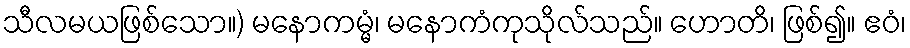
သီလမယဖြစ်သော။) မနောကမ္မံ၊ မနောကံကုသိုလ်သည်။ ဟောတိ၊ ဖြစ်၍။ ဧဝံ၊